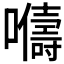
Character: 𫬦